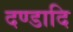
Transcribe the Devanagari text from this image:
दण्डादि